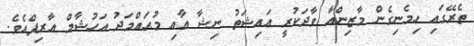
ތެރޭގައި ހިމެނިގެން މާޒިންއާ ވާދަކުރީ ޢައިޝަތު ނިޝާ އާއި މުޙައްމަދު އަހުޝާމް އާރިފްއެވެ.